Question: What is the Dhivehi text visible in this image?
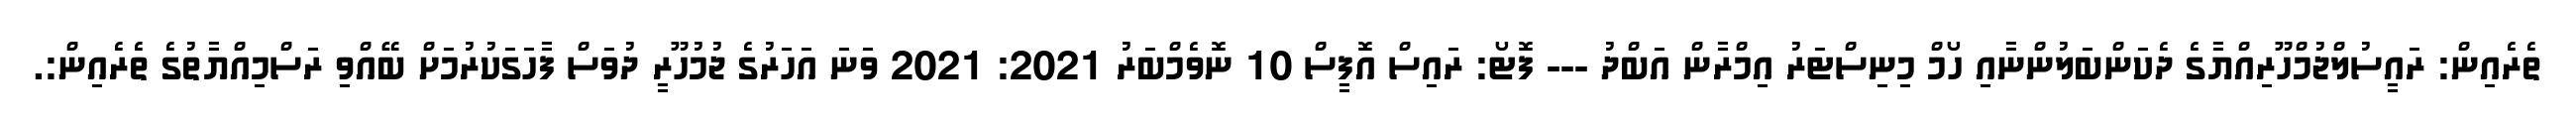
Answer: ތެރެއިން: ރައީސުލްޖުމްހޫރިއްޔާގެ ދެކަންބަލުންނާއި ހޯމް މިނިސްޓަރު އިމްރާން އަބްދު --- ފޮޓޯ: ރައިސް އޮފީސް 10 ނޮވެމްބަރު 2021: 2021 ވަނަ އަހަރުގެ ޖުމުހޫރީ ދުވަސް ފާހަގަކުރުމަށް ބޭއްވި ރަސްމިއްޔާތުގެ ތެރެއިން:.